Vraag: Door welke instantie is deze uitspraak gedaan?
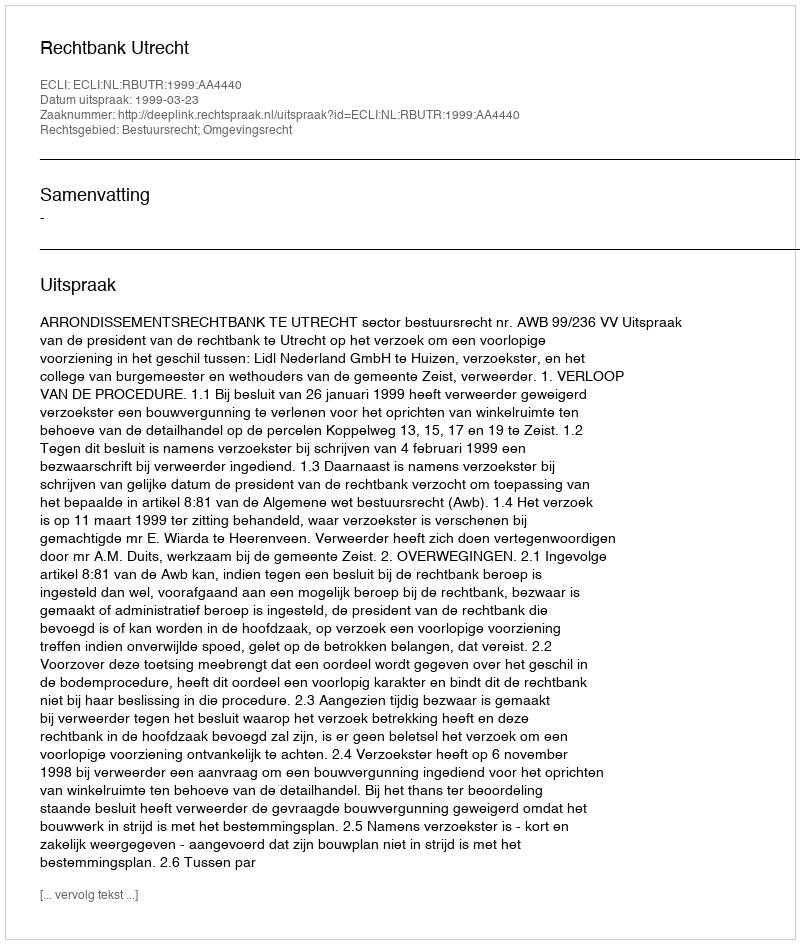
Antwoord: Rechtbank Utrecht